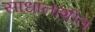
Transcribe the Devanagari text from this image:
साधानाशील